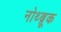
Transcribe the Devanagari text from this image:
नोथ्ब्रूक